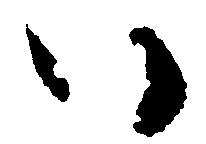
い